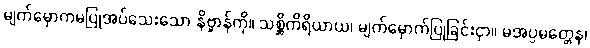
မျက်မှောကမပြုအပ်သေးသော နိဗ္ဗာန်ကို။ သစ္ဆိကိရိယာယ၊ မျက်မှောက်ပြုခြင်းငှာ။ မအပ္ပမတ္တေန၊